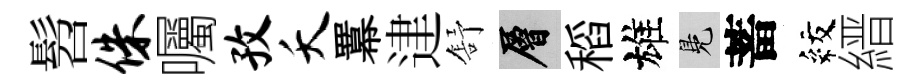
髫侏囑孜夭羃䢖舒層稻雄鳬蓄紋縉